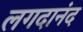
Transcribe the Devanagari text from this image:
लगदानंद